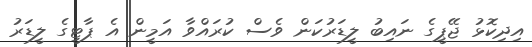
އިދިކޮޅު ޖޭޕީގެ ނައިބު ލީޑަރުކަން ވެސް ކުރައްވާ އަމީން އެ ޕާޓީގެ ލީޑަރު